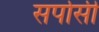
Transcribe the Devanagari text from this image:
सर्पासी